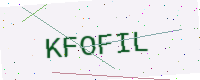
Text: KFOFIL